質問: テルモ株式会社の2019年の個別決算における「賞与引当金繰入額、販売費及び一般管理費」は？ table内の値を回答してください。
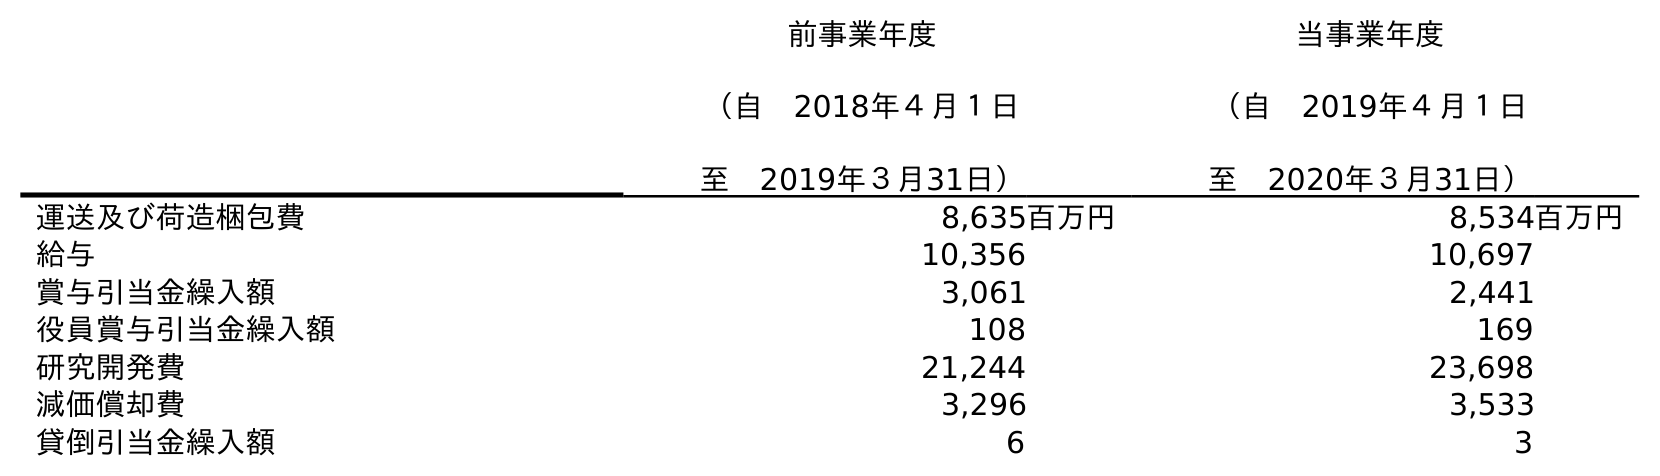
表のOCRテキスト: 前事業年度 （自 2018年４月１日 至 2019年３月31日） 当事業年度 （自 2019年４月１日 至 2020年３月31日） 運送及び荷造梱包費 8,635百万円 8,534百万円 給与 10,356 10,697 賞与引当金繰入額 3,061 2,441 役員賞与引当金繰入額 108 169 研究開発費 21,244 23,698 減価償却費 3,296 3,533 貸倒引当金繰入額 6 3
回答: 3,061